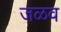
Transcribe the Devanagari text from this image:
जळव